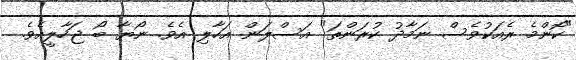
"ކޮންމެ ރެއަކުވެސް ނަމާދު ކުރަންތަ" އަސްލަން އަހާލި އެވެ. ނޯޔާ ބޯ ޖަހާލީއެވެ.